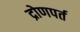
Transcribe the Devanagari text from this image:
द्रोणपर्त